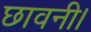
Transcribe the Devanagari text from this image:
छावनी।